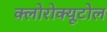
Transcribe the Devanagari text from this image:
क्लोरोक्यूटोल